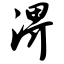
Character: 淠